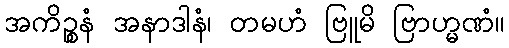
အကိဉ္စနံ အနာဒါနံ၊ တမဟံ ဗြူမိ ဗြာဟ္မဏံ။